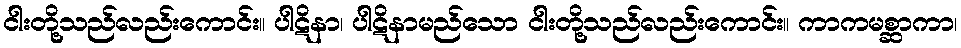
ငါးတို့သည်လည်းကောင်း။ ပါဋိနာ၊ ပါဋိနာမည်သော ငါးတို့သည်လည်းကောင်း။ ကာကမစ္ဆာကာ၊